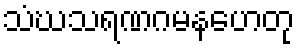
သံဃသရဏဂမနဟေတု